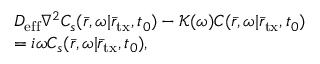
\begin{array} { r l } & { D _ { \mathrm { e f f } } { \nabla ^ { 2 } } C _ { s } ( \bar { r } , \omega | { { \bar { r } } _ { \mathrm { t x } } } , { t _ { 0 } } ) - \mathcal K ( \omega ) C ( \bar { r } , \omega | { { \bar { r } } _ { \mathrm { t x } } } , { t _ { 0 } } ) } \\ & { = i \omega C _ { s } ( \bar { r } , \omega | { { \bar { r } } _ { \mathrm { t x } } } , { t _ { 0 } } ) , } \end{array}